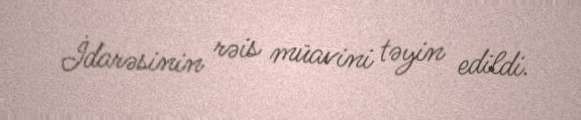
İdarəsinin rəis müavini təyin edildi.